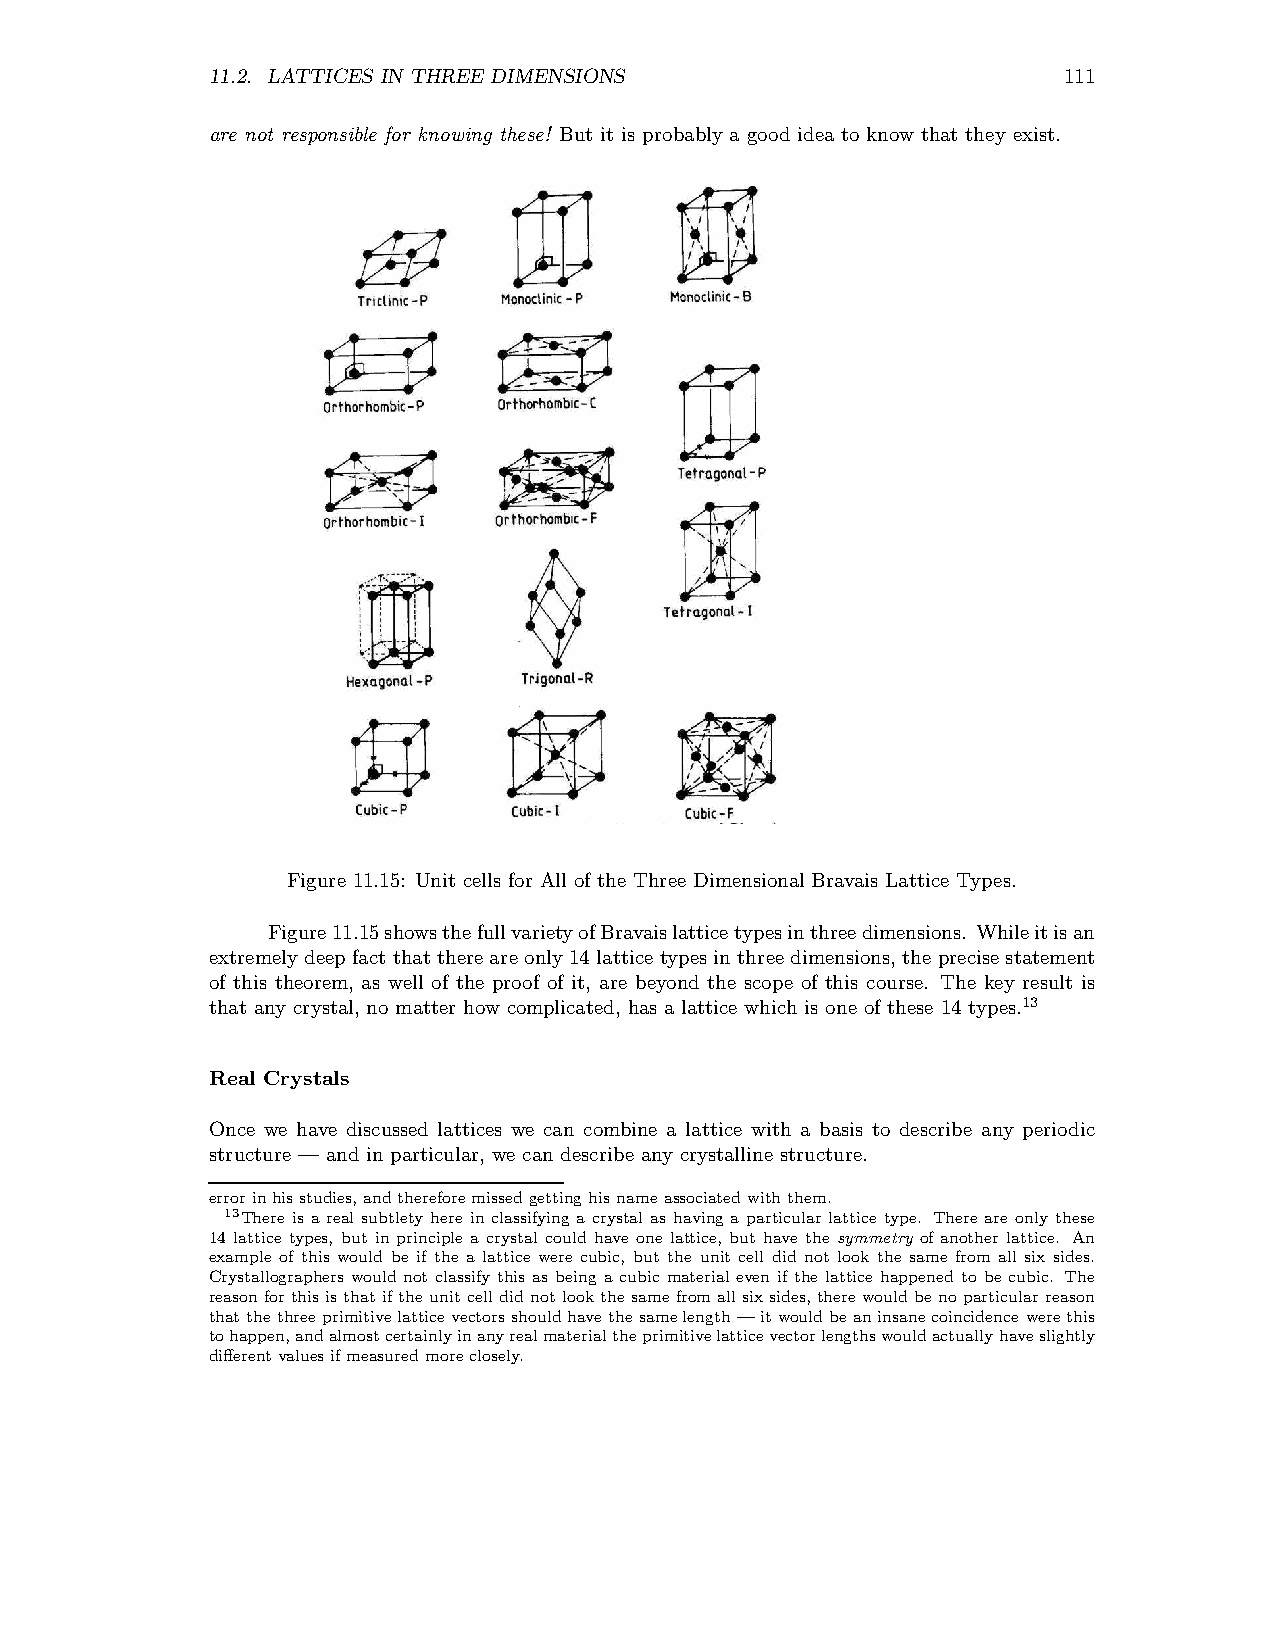
11.2. LATTICES IN THREE DIMENSIONS                      111
 are not responsible for knowing these! But it is probably a good idea to know that they exist.
 Figure 11.15: Unit cells for All of the Three Dimensional Bravais Lattice Types.
 Figure11.15showsthefullvarietyofBravaislatticetypesinthreedimensions. Whileitisan
 extremely deep fact that there are only 14 lattice types in three dimensions, the precise statement
 of this theorem, as well of the proof of it, are beyond the scope of this course. The key result is
 that any crystal, no matter how complicated, has a lattice which is one of these 14 types.13
 Real Crystals
 Once we have discussed lattices we can combine a lattice with a basis to describe any periodic
 structure — and in particular, we can describe any crystalline structure.
 errorinhisstudies,andthereforemissedgettinghisnameassociatedwiththem.
 13There is a real subtlety here in classifying a crystal as having a particular lattice type. There are only these
 14 lattice types, but in principle a crystal could have one lattice, but have the symmetry of another lattice. An
 example of this would be if the a lattice were cubic, but the unit cell did not look the same from all six sides.
 Crystallographers would not classify this as being a cubic material even if the lattice happened to be cubic. The
 reason forthis isthat ifthe unitcell didnot lookthe samefromallsixsides, therewouldbe noparticular reason
 thatthethreeprimitivelatticevectors shouldhavethesamelength—itwouldbeaninsanecoincidence werethis
 tohappen,andalmostcertainlyinanyrealmaterialtheprimitivelatticevectorlengthswouldactuallyhaveslightly
 differentvaluesifmeasuredmoreclosely.